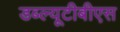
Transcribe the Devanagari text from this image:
डब्ल्यूटीबीएस